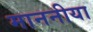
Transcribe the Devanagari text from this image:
माननीया